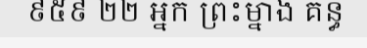
៩៥៩ ២២ អ្នក ព្រះម្នាង គន្ធ